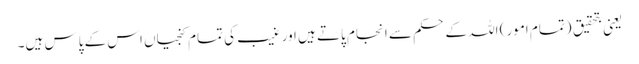
یعنی بتحقیق (تمام امور) اللہ کے حکم سے انجام پاتے ہیں اور غیب کی تمام کنجیاں اس کے پاس ہیں۔